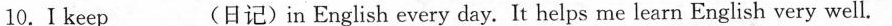
10.Ikeep________(日记)in English every day. It helps me learn English very well.